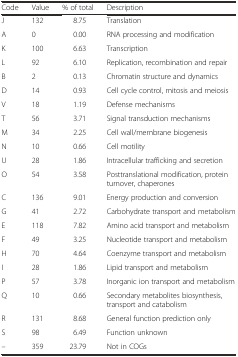
<table><thead><tr><td><b>Code</b></td><td><b>Value</b></td><td><b>% of total</b></td><td><b>Description</b></td></tr></thead><tbody><tr><td>J</td><td>132</td><td>8.75</td><td>Translation</td></tr><tr><td>A</td><td>0</td><td>0.00</td><td>RNA processing and modification</td></tr><tr><td>K</td><td>100</td><td>6.63</td><td>Transcription</td></tr><tr><td>L</td><td>92</td><td>6.10</td><td>Replication, recombination and repair</td></tr><tr><td>B</td><td>2</td><td>0.13</td><td>Chromatin structure and dynamics</td></tr><tr><td>D</td><td>14</td><td>0.93</td><td>Cell cycle control, mitosis and meiosis</td></tr><tr><td>V</td><td>18</td><td>1.19</td><td>Defense mechanisms</td></tr><tr><td>T</td><td>56</td><td>3.71</td><td>Signal transduction mechanisms</td></tr><tr><td>M</td><td>34</td><td>2.25</td><td>Cell wall/membrane biogenesis</td></tr><tr><td>N</td><td>10</td><td>0.66</td><td>Cell motility</td></tr><tr><td>U</td><td>28</td><td>1.86</td><td>Intracellular trafficking and secretion</td></tr><tr><td>O</td><td>54</td><td>3.58</td><td>Posttranslational modification, protein turnover, chaperones</td></tr><tr><td>C</td><td>136</td><td>9.01</td><td>Energy production and conversion</td></tr><tr><td>G</td><td>41</td><td>2.72</td><td>Carbohydrate transport and metabolism</td></tr><tr><td>E</td><td>118</td><td>7.82</td><td>Amino acid transport and metabolism</td></tr><tr><td>F</td><td>49</td><td>3.25</td><td>Nucleotide transport and metabolism</td></tr><tr><td>H</td><td>70</td><td>4.64</td><td>Coenzyme transport and metabolism</td></tr><tr><td>I</td><td>28</td><td>1.86</td><td>Lipid transport and metabolism</td></tr><tr><td>P</td><td>57</td><td>3.78</td><td>Inorganic ion transport and metabolism</td></tr><tr><td>Q</td><td>10</td><td>0.66</td><td>Secondary metabolites biosynthesis, transport and catabolism</td></tr><tr><td>R</td><td>131</td><td>8.68</td><td>General function prediction only</td></tr><tr><td>S</td><td>98</td><td>6.49</td><td>Function unknown</td></tr><tr><td>–</td><td>359</td><td>23.79</td><td>Not in COGs</td></tr></tbody></table>